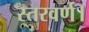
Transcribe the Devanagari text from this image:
स्तरवर्ण।